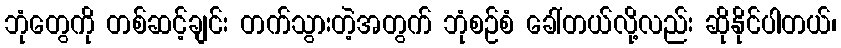
ဘုံတွေကို တစ်ဆင့်ချင်း တက်သွားတဲ့အတွက် ဘုံစဉ်စံ ခေါ်တယ်လို့လည်း ဆိုနိုင်ပါတယ်၊